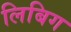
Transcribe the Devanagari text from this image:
लिबिग